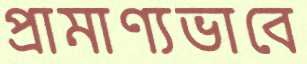
প্রামাণ্যভাবে